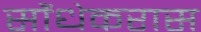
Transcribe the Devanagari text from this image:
सौंधेकरास